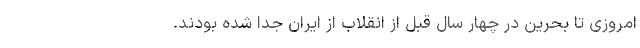
امروزی تا بحرین در چهار سال قبل از انقلاب از ایران جدا شده بودند.